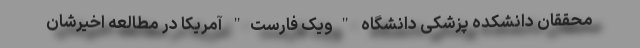
محققان دانشکده پزشکی دانشگاه "ویک فارست" آمریکا در مطالعه اخیرشان